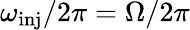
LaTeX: \omega_{\mathrm{inj}}/2\pi=\Omega/2\pi